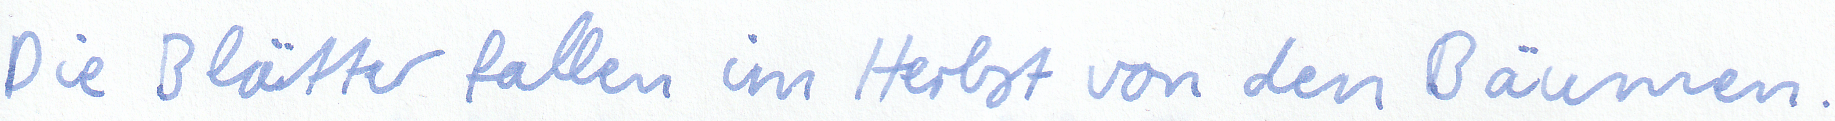
Die Blätter fallen im Herbst von den Bäumen.